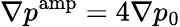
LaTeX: \nabla p^{\mathrm{amp}}=4\nabla p_{0}